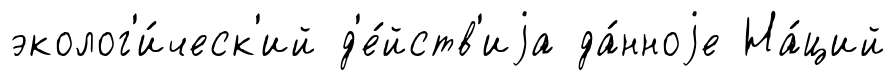
эколог'и́ческ'ий д'е́йств'иjа да́нноjе На́ций